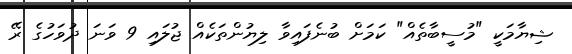
ޝިޔާމަކީ "މުސީބާތެއް" ކަމަށް ބުނެފައިވާ ލިޔުންތަކެއް ޖުލައި 9 ވަނަ ދުވަހުގެ ރޭ